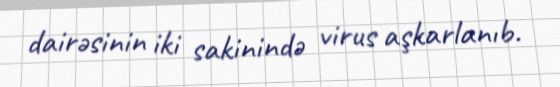
dairəsinin iki sakinində virus aşkarlanıb.